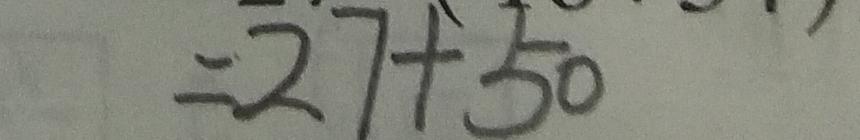
= 2 7 + 5 0